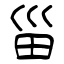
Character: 甾